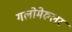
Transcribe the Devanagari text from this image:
गलोमेरुलर